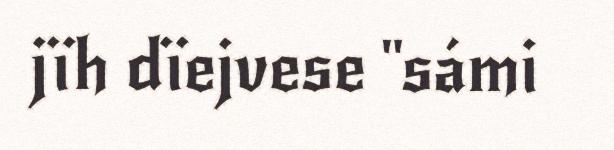
jïh dïejvese "sámi